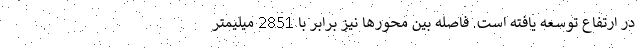
در ارتفاع توسعه یافته است. فاصله بین محورها نیز برابر با 2851 میلیمتر